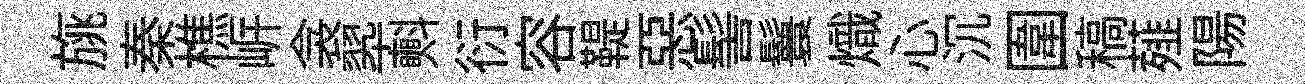
旐秦樵㟁衾翆㪺衍容鞮惡髻鬟熾心沉圍稿薤陽